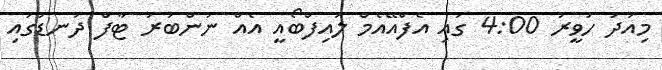
މިއަދު ހަވީރު 4:00 ގައި އެފްއޭއެމް ލައިފްބޯއީ އެއް ނަންބަރު ޓާފް ދަނޑުގައި